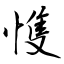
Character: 愯